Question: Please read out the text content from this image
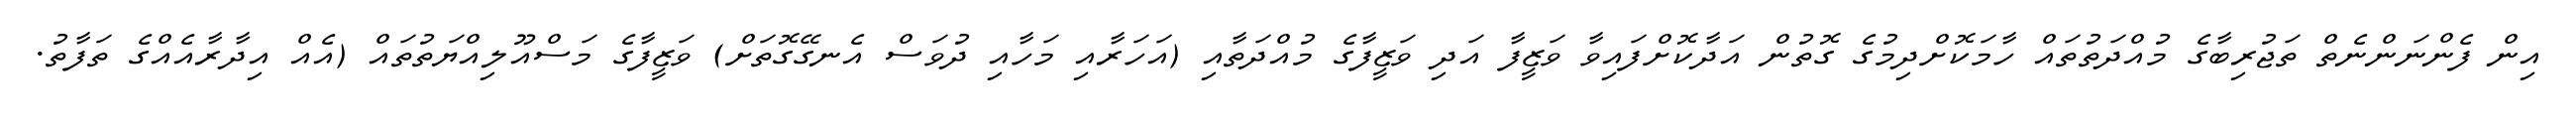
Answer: އިން ފެންނަންނެތް ތަޖުރިބާގެ މުއްދަތުތައް ހާމަކޮށްދިމުގެ ގޮތުން އަދާކޮށްފައިވާ ވަޒީފާ އަދި ވަޒީފާގެ މުއްދަތާއި (އަހަރާއި މަހާއި ދުވަސް އެނގޭގޮތަށް) ވަޒީފާގެ މަސްއޫލިއްޔަތުތައް (އެއް އިދާރާއެއްގެ ތަފާތު.